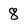
Character: 8